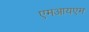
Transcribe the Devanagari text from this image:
एमआयएम